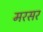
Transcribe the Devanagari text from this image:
मरसर